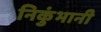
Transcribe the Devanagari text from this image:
निकुंभानी